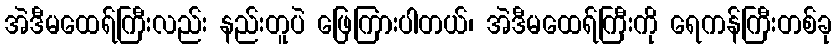
အဲဒီမထေရ်ကြီးလည်း နည်းတူပဲ ဖြေကြားပါတယ်၊ အဲဒီမထေရ်ကြီးကို ရေကန်ကြီးတစ်ခု